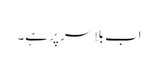
اب بلا سر پر ہے۔